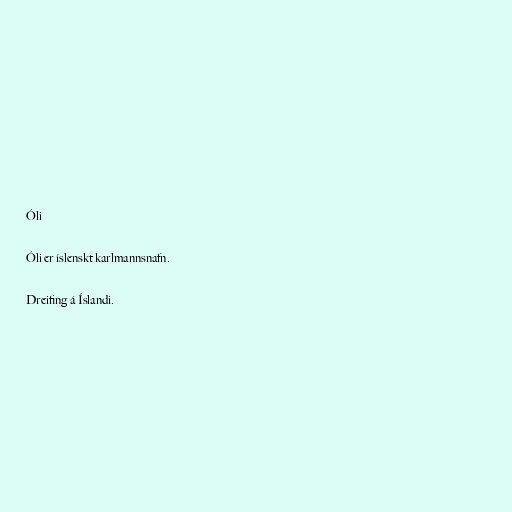
Óli

Óli er íslenskt karlmannsnafn.

Dreifing á Íslandi.